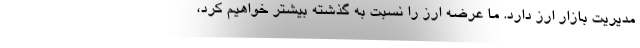
مدیریت بازار ارز دارد. ما عرضه ارز را نسبت به گذشته بیشتر خواهیم کرد،